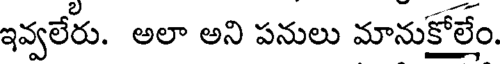
ఇవ్వలేరు. అలా అని పనులు మానుకోలేం.